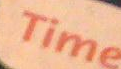
Time